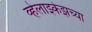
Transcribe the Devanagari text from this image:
व्हेलाझ्केझच्या